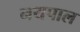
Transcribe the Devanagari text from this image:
नयपाल